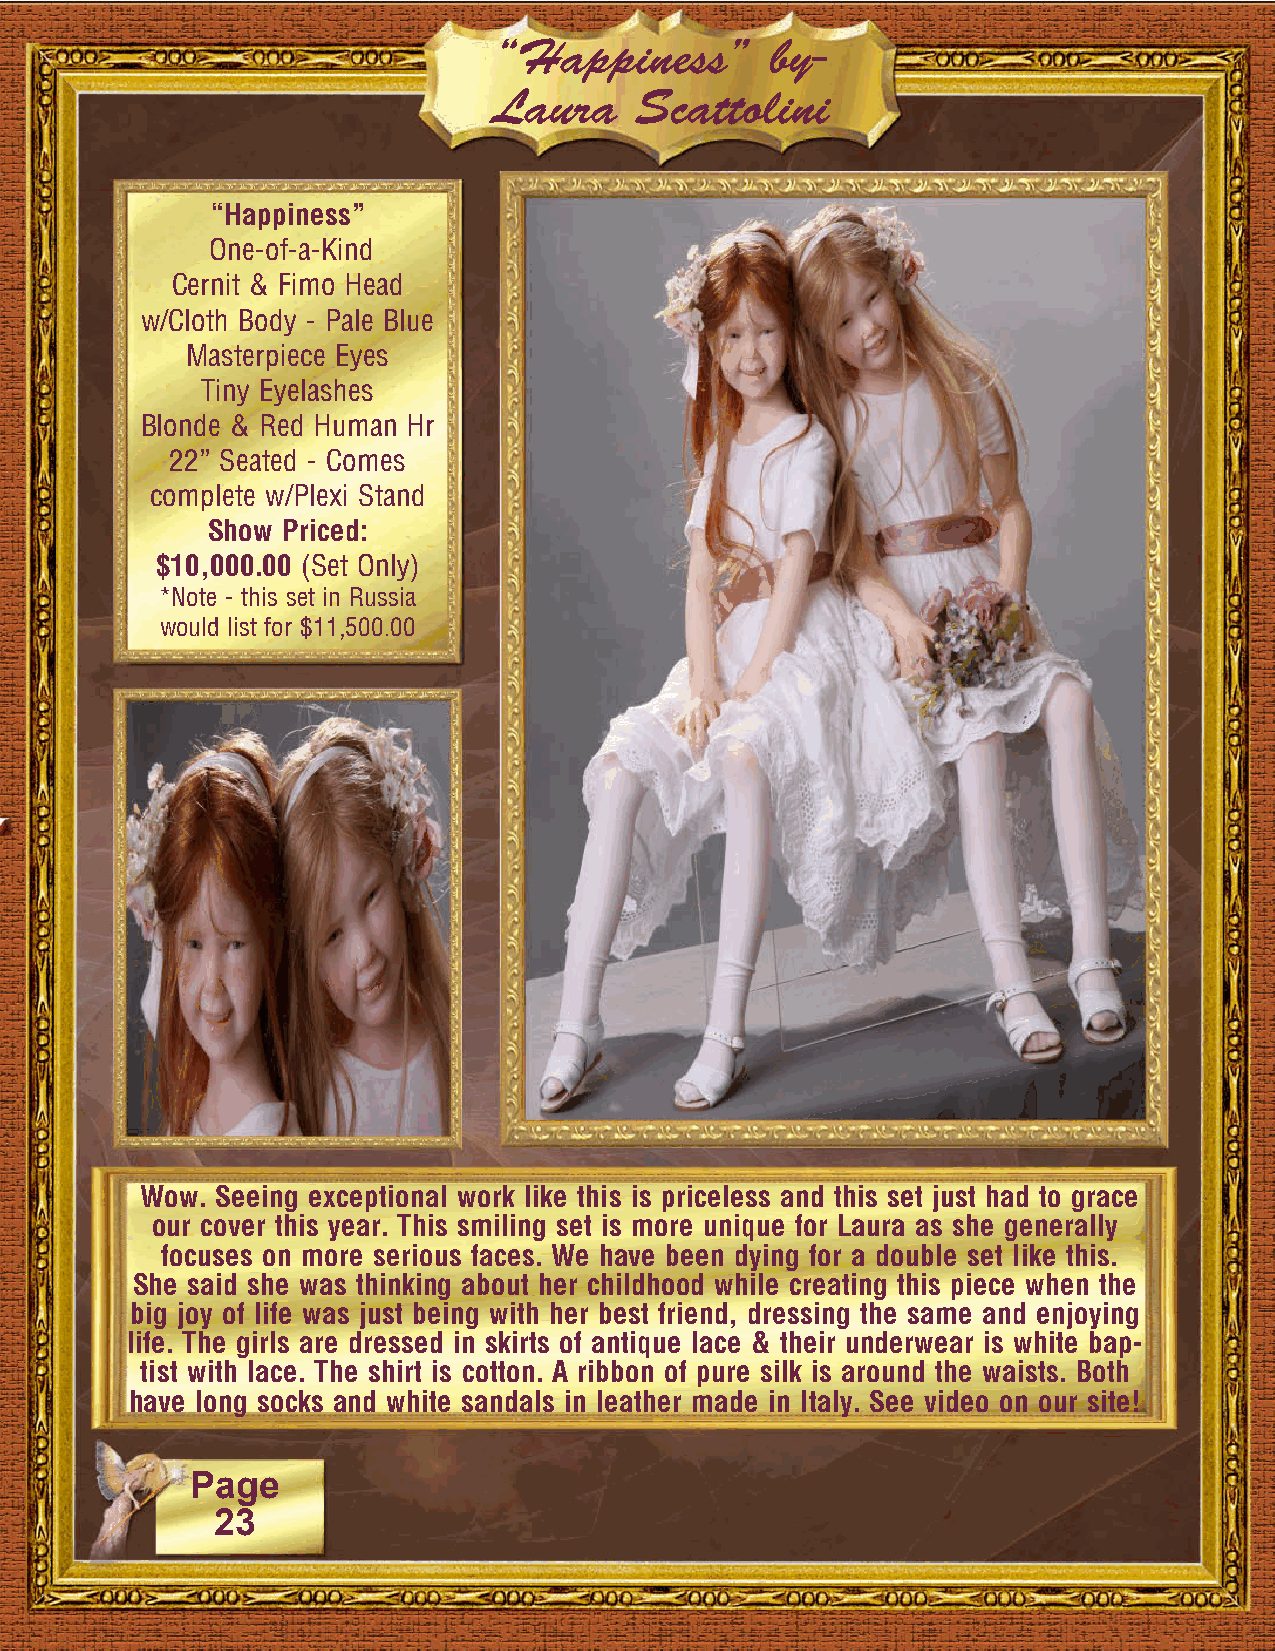
“Happiness”       by-
 Laura    Scattolini
 “Happiness”
 One-of-a-Kind
 Cernit & Fimo Head
 w/Cloth Body - Pale Blue
 Masterpiece Eyes
 Tiny Eyelashes
 Blonde & Red Human Hr
 22” Seated - Comes
 complete w/Plexi Stand
 Show Priced:
 $10,000.00 (Set Only)
 *Note - this set in Russia
 would list for $11,500.00
 Wow. Seeing exceptional work like this is priceless and this set just had to grace
 our cover this year. This smiling set is more unique for Laura as she generally
 focuses on more serious faces. We have been dying for a double set like this.
 She said she was thinking about her childhood while creating this piece when the
 big joy of life was just being with her best friend, dressing the same and enjoying
 life. The girls are dressed in skirts of antique lace & their underwear is white bap-
 tist with lace. The shirt is cotton. A ribbon of pure silk is around the waists. Both
 have long socks and white sandals in leather made in Italy. See video on our site!
 Page
 23